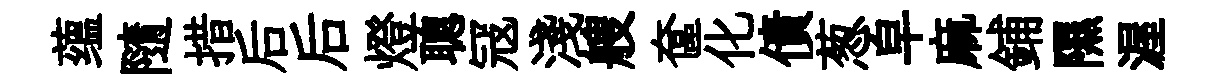
蕴隨措后后燈聰冦淺艘奩化債葱皁麻鋪隰渥